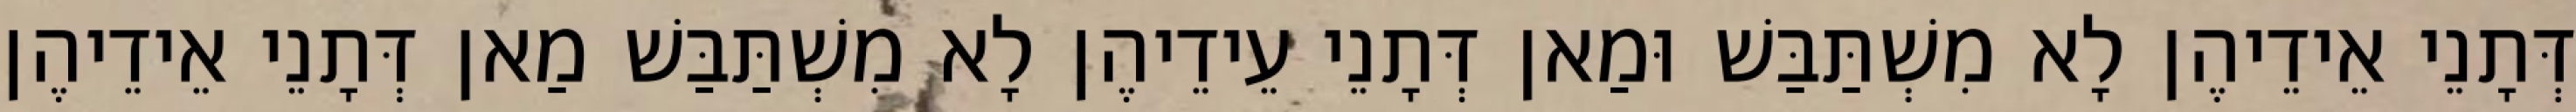
דְּתָנֵי אֵידֵיהֶן לָא מִשְׁתַּבַּשׁ וּמַאן דְּתָנֵי עֵידֵיהֶן לָא מִשְׁתַּבַּשׁ מַאן דְּתָנֵי אֵידֵיהֶן